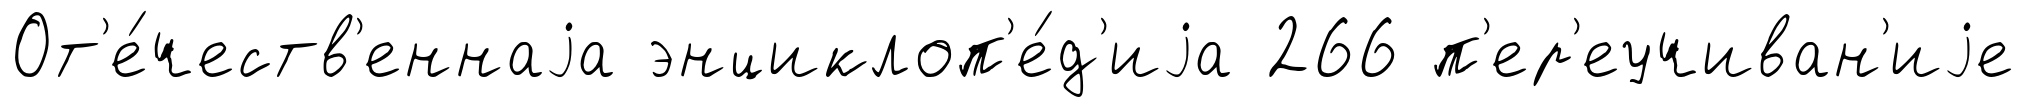
От'е́честв'еннаjа энциклоп'е́д'иjа 266 п'ер'еучиван'иjе